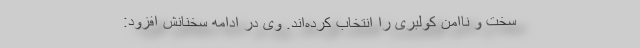
سخت و ناامن کولبری را انتخاب کرده‌اند. وی در ادامه سخنانش افزود: